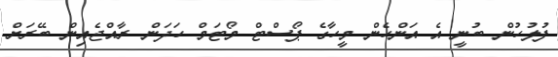
ފުލުހުން ބުނީ އެ އަންހެން މީހާގެ ޕޯސްޓް މޯޓަމް ހަދަން ރާއްޖެއިން ބޭރަށް